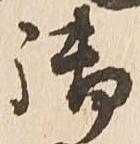
御